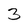
Character: 3